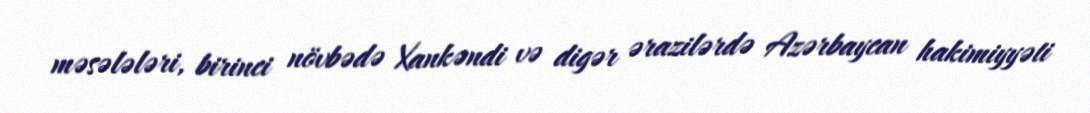
məsələləri, birinci növbədə Xankəndi və digər ərazilərdə Azərbaycan hakimiyyəti